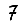
Digit: 7